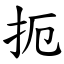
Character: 扼